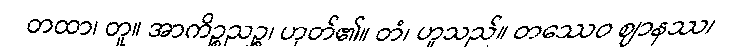
တထာ၊ တူ။ အာကိဉ္စညဉ္စ၊ ဟုတ်၏။ တံ၊ ဟူသည်။ တဿေဝ ဈာနဿ၊